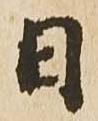
日